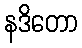
နဒိတော